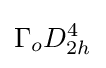
\Gamma _{o}D_{2h}^{4}